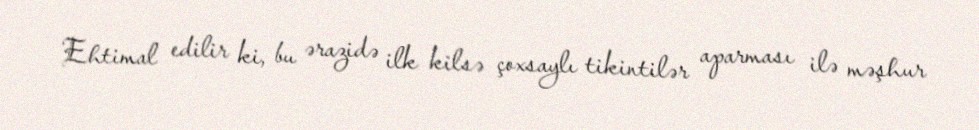
Ehtimal edilir ki, bu ərazidə ilk kilsə çoxsaylı tikintilər aparması ilə məşhur